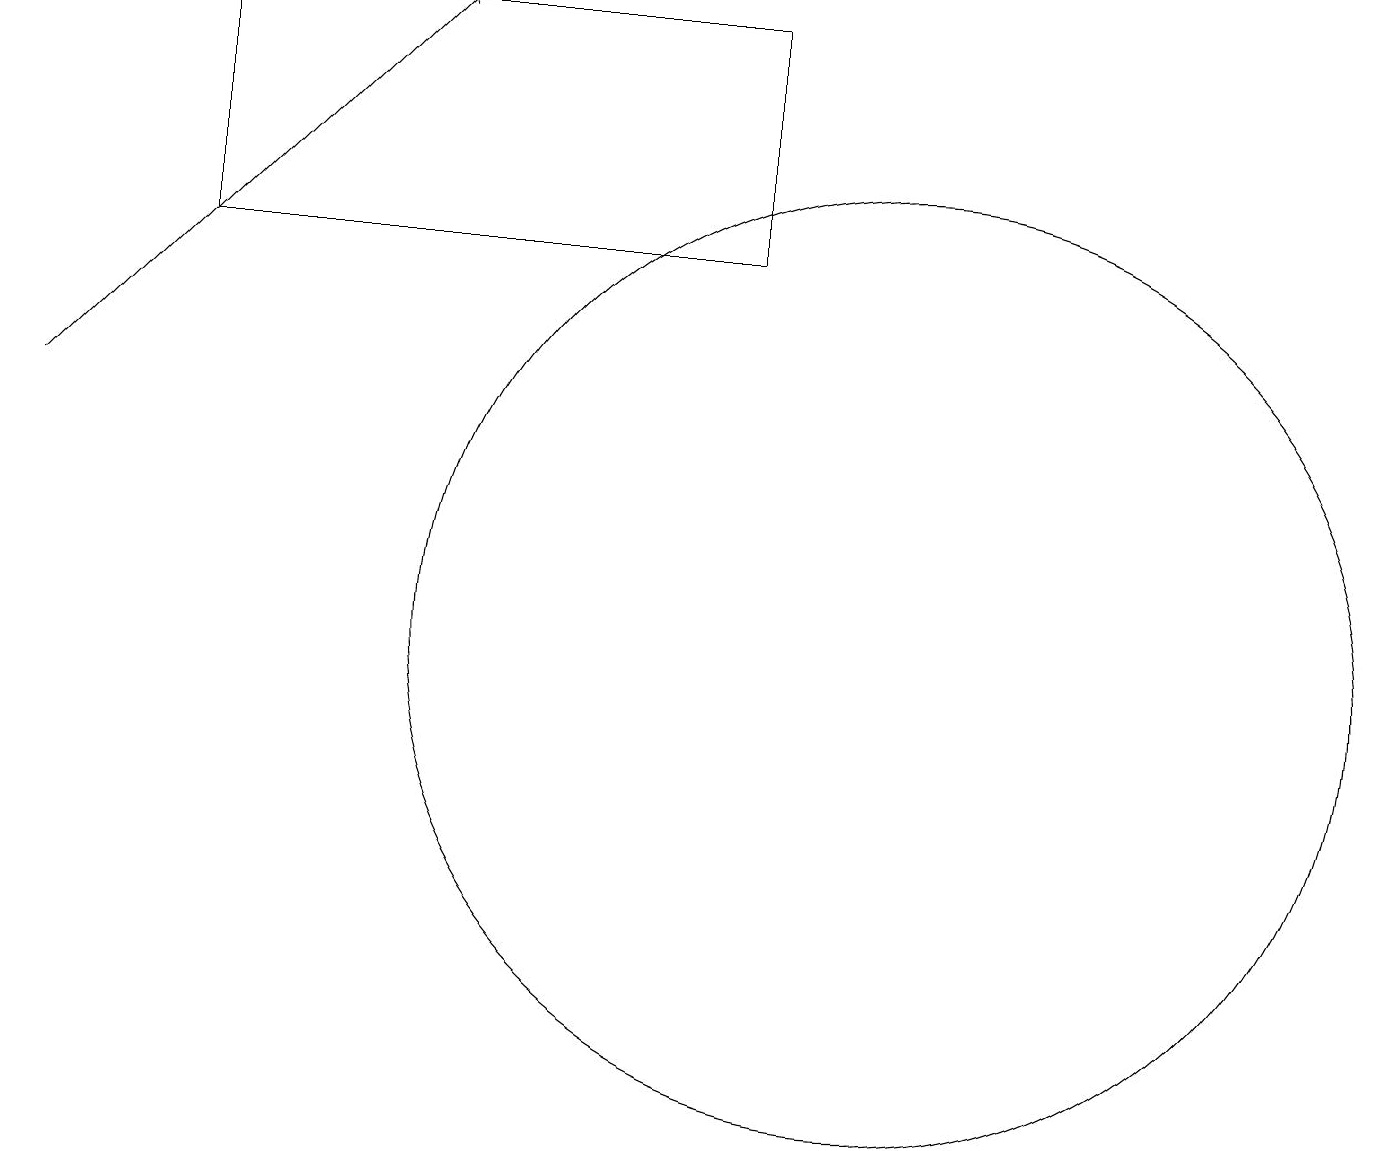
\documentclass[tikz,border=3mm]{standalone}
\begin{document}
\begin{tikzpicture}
\draw (11,10) circle (6);
\draw (2,18) rectangle (9,15);
\draw[->] (0,13) -- (5,18);
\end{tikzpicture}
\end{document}